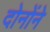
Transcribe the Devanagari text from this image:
दोनोंने